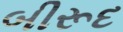
બીરૂદ